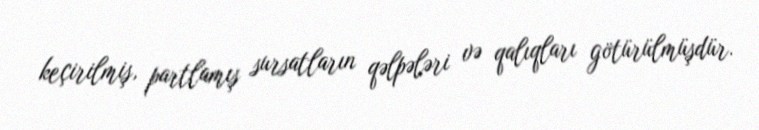
keçirilmiş, partlamış sursatların qəlpələri və qalıqları götürülmüşdür.